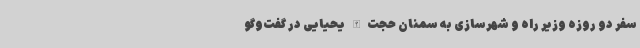
سفر دو روزه وزیر راه و شهرسازی به سمنان حجت‌الله یحیایی در گفت‌وگو